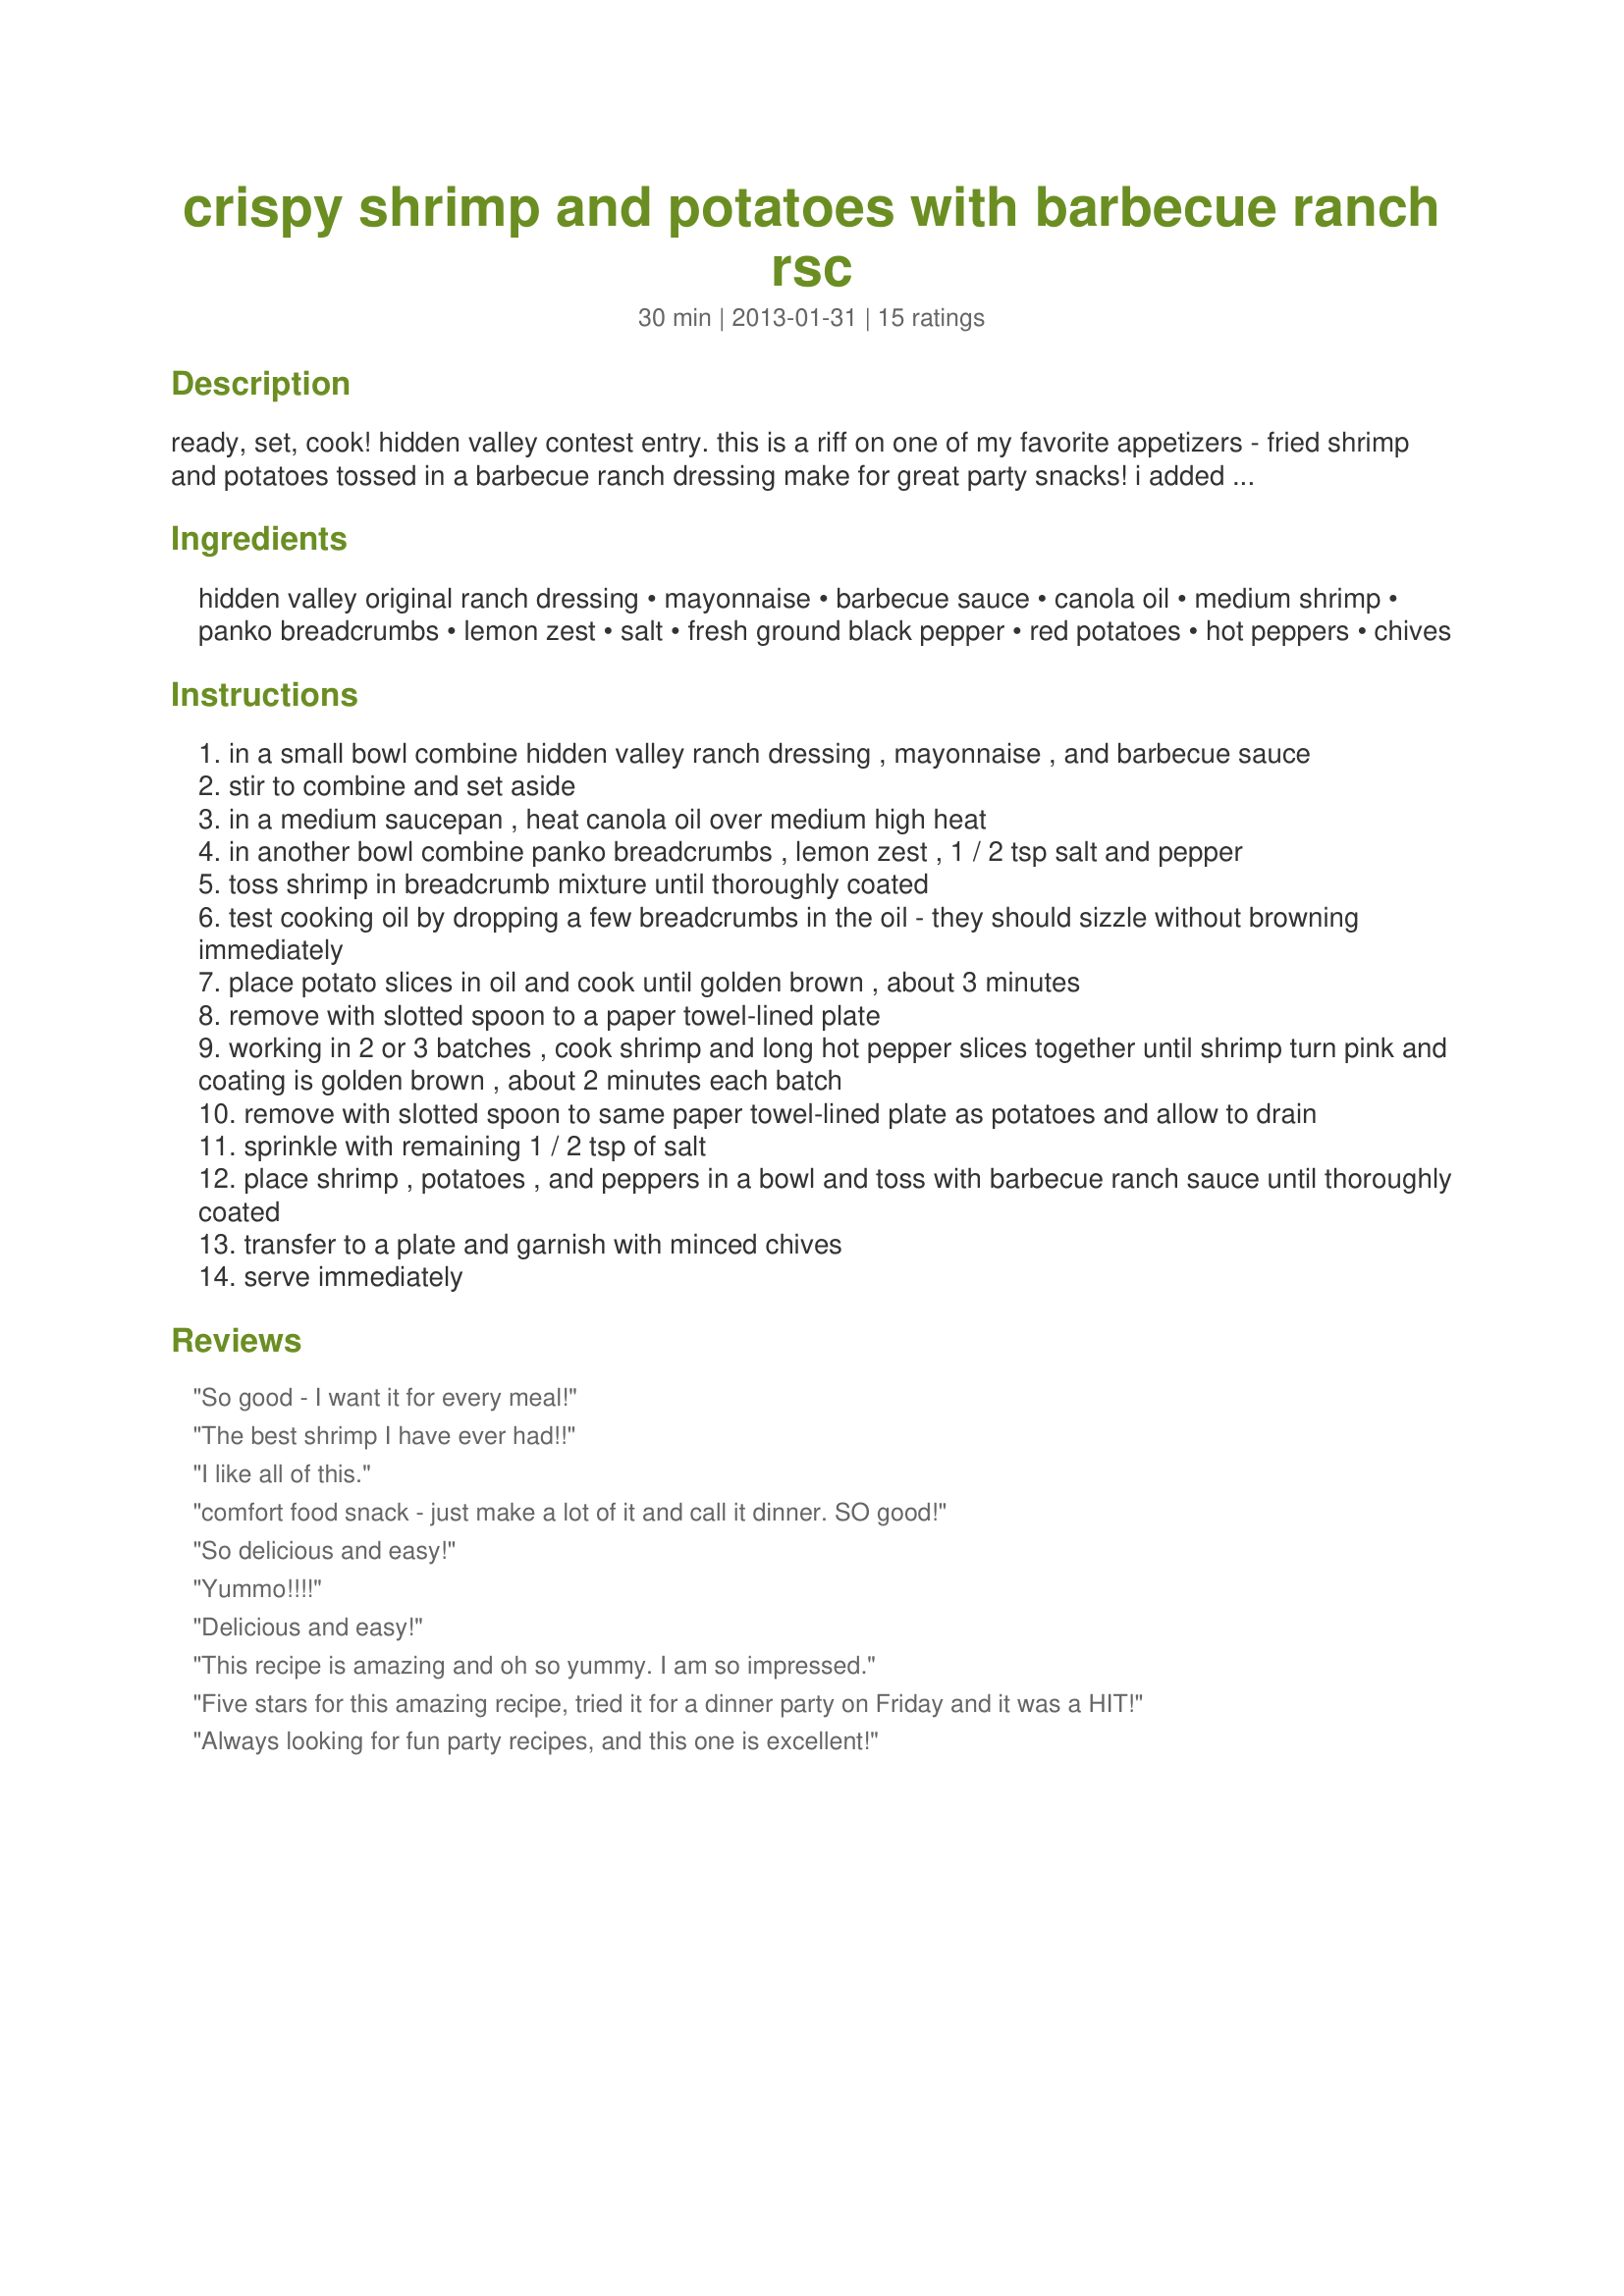
crispy shrimp and potatoes with barbecue ranch rsc
Preparation time: 30 minutes

ready, set, cook! hidden valley contest entry. this is a riff on one of my favorite appetizers - fried shrimp and potatoes tossed in a barbecue ranch dressing make for great party snacks! i added long hot peppers for extra heat, but you can leave those out to your liking.

Ingredients:
hidden valley original ranch dressing, mayonnaise, barbecue sauce, canola oil, medium shrimp, panko breadcrumbs, lemon zest, salt, fresh ground black pepper, red potatoes, hot peppers, chives

Steps:
in a small bowl combine hidden valley ranch dressing , mayonnaise , and barbecue sauce
stir to combine and set aside
in a medium saucepan , heat canola oil over medium high heat
in another bowl combine panko breadcrumbs , lemon zest , 1 / 2 tsp salt and pepper
toss shrimp in breadcrumb mixture until thoroughly coated
test cooking oil by dropping a few breadcrumbs in the oil - they should sizzle without browning immediately
place potato slices in oil and cook until golden brown , about 3 minutes
remove with slotted spoon to a paper towel-lined plate
working in 2 or 3 batches , cook shrimp and long hot pepper slices together until shrimp turn pink and coating is golden brown , about 2 minutes each batch
remove with slotted spoon to same paper towel-lined plate as potatoes and allow to drain
sprinkle with remaining 1 / 2 tsp of salt
place shrimp , potatoes , and peppers in a bowl and toss with barbecue ranch sauce until thoroughly coated
transfer to a plate and garnish with minced chives
serve immediately

Reviews:
So good - I want it for every meal!
The best shrimp I have ever had!!
I like all of this.
comfort food snack - just make a lot of it and call it dinner. SO good!
So delicious and easy!
Yummo!!!!
Delicious and easy!
This recipe is amazing and oh so yummy. I am so impressed.
Five stars for this amazing recipe, tried it for a dinner party on Friday and it was a HIT!
Always looking for fun party recipes, and this one is excellent!
This sounds delicious!
Delicious combination of flavors! Will definitely make again.
Delicious!
Very good!
Yummy!!!
